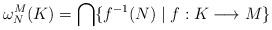
LaTeX: \begin{align*}\omega^M_N(K)=\bigcap\{f^{-1}(N)\mid f:K\longrightarrow M\}\end{align*}